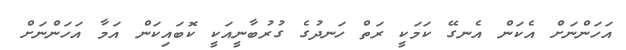
އަހަންނަށް އެކަން އެނގޭ ކަމަކީ ރަތް ހަނދުގެ ގުރުބާނީއަކީ ކޮބައިކަން އަމާ އަހަަންނަށް